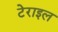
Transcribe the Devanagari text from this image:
टेराइल